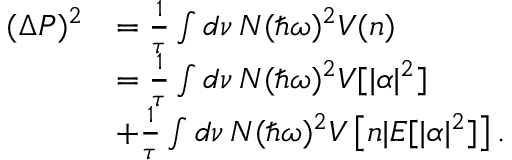
\begin{array} { r l } { ( \Delta P ) ^ { 2 } } & { = \frac { 1 } { \tau } \int d \nu \, N ( \hbar \omega ) ^ { 2 } V ( n ) } \\ & { = \frac { 1 } { \tau } \int d \nu \, N ( \hbar \omega ) ^ { 2 } V [ | \alpha | ^ { 2 } ] } \\ & { + \frac { 1 } { \tau } \int d \nu \, N ( \hbar \omega ) ^ { 2 } V \left[ n | E [ | \alpha | ^ { 2 } ] \right] . } \end{array}